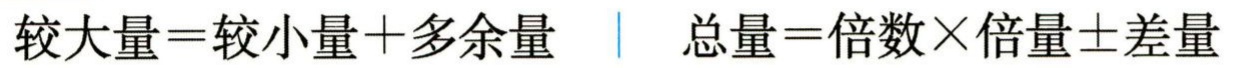
较大量=较小量+多余量  总量=倍数×倍量±差量